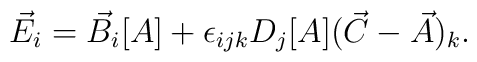
\vec{E}_{i}=\vec{B}_{i}[A] + \epsilon_{ijk}D_{j}[A](\vec{C}-\vec{A})_{k}.